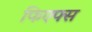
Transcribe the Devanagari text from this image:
फिएफ्स